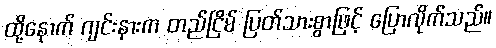
ထို့နောက် ဂျင်းနားက တည်ငြိမ် ပြတ်သားစွာဖြင့် ပြောလိုက်သည်။